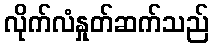
လိုက်လံနှုတ်ဆက်သည်